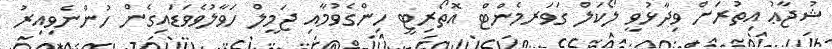
ޝުޖާޢު އިތުރަށް ވިދާޅުވީ ލޯކަލް ގަވަރމެންޓް އޮތޯރިޓީ ހިންގެވުމާއި ޖަމީލް ހަވާލުވެވަޑައިގެން ހުންނެވިއިރު